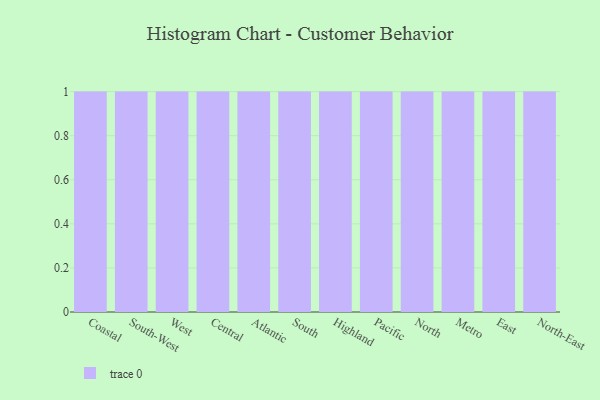
{"axis": {"x": "Region", "y": "Budget (USD K)"}, "legend": [""], "data": [{"x": "Coastal", "y": 93, "type": ""}, {"x": "South-West", "y": 91, "type": ""}, {"x": "West", "y": 33, "type": ""}, {"x": "Central", "y": 99, "type": ""}, {"x": "Atlantic", "y": 20, "type": ""}, {"x": "South", "y": 6, "type": ""}, {"x": "Highland", "y": 66, "type": ""}, {"x": "Pacific", "y": 99, "type": ""}, {"x": "North", "y": 17, "type": ""}, {"x": "Metro", "y": 58, "type": ""}, {"x": "East", "y": 69, "type": ""}, {"x": "North-East", "y": 43, "type": ""}]}